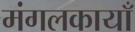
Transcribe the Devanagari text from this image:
मंगलकायाँ